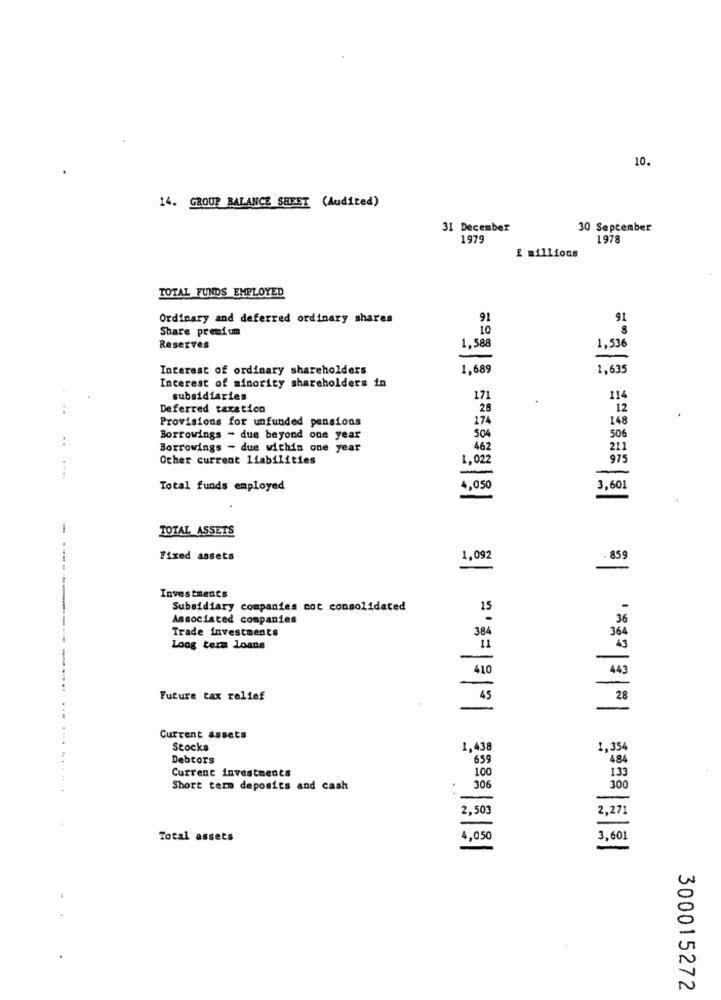
10.
14. GROUP BALANCE SHEET (Audited)
31 December
30 September
1979
1978
£ millions
TOTAL FUNDS EMPLOYED
Ordinary and deferred ordinary shares
91
91
Share premium
10
8
1.588
Reserves
1,536
Interest of ordinary shareholders
1,689
1,635
Interest of minority shareholders in
subsidiaries
171
114
..
Deferred taxation
28
12
Provisions for unfunded pensions
174
148
..
Borrowings - due beyond one year
504
506
Borrowings - due within one year
462
211
Other current liabilities
1,022
975
-
Total funds employed
4,050
3,601
i
TOTAL ASSETS
....
Fixed assets
1,092
=
Investments
Subsidiary companies not consolidated
15
Associated companies
36
Trade investments
384
364
Long term Loans
43
-
410
443
Future tax relief
45
28
Current assets
Stocks
1,438
1,354
Debtors
659
484
Current investments
100
133
Short term deposits and cash
306
300
-
2,503
2,27
Total assets
4,050
3,601
300015272